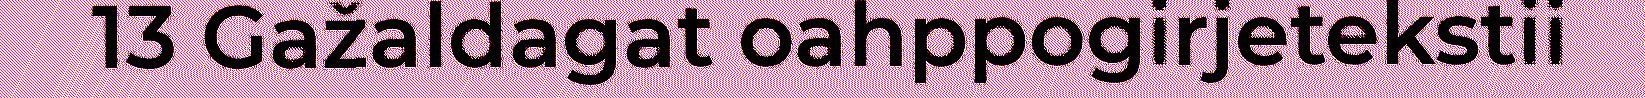
13 Gažaldagat oahppogirjetekstii